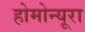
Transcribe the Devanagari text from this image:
होमोन्यूरा